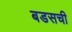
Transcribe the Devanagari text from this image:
बडसची